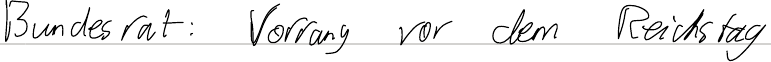
Bundesrat: Vorrang vor dem Reichstag